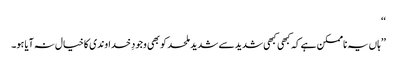
‘‘
’’ہاں یہ ناممکن ہے کہ کبھی کبھی شدید سے شدید ملحد کو بھی وجودِ خداوندی کا خیال نہ آیا ہو۔